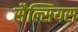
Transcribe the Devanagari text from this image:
सैल्सियस